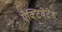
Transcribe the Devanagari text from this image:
ऐक्टिवेटेड